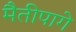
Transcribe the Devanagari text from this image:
मैतीपागे